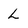
Character: L